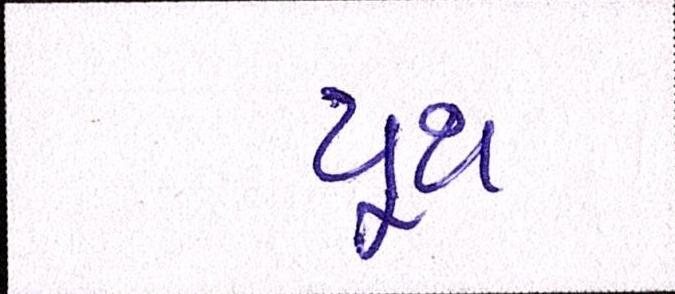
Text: યૂથ